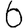
Digit: 6